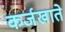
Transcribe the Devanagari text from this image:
कर्जखाते